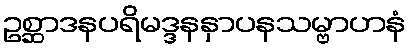
ဥစ္ဆာဒနပရိမဒ္ဒနနှာပနသမ္ဗာဟနံ